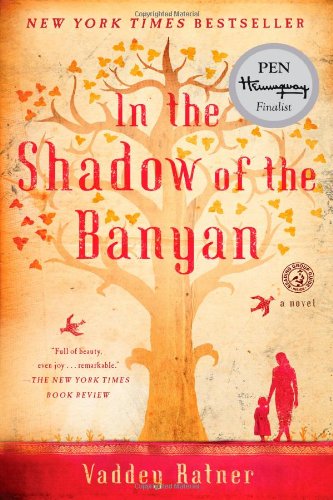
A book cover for In the Shadow of the Banyan: A Novel; Vaddey Ratner; Literature & Fiction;